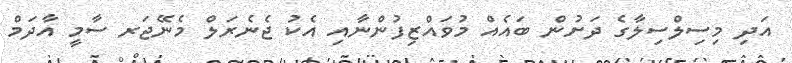
އަދި މިސިލްސިލާގެ ދަށުން ބައެއް މުވަައްޒިފުންނާއި އެކު ޖެނެރަލް މެނޭޖަރ ސާމީ އާދަމް